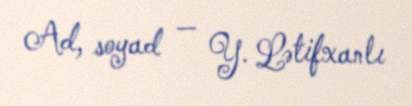
Ad, soyad — Y. Lətifxanlı